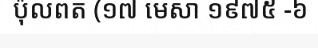
ប៉ុលពត (១៧ មេសា ១៩៧៥ -៦